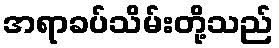
အရာခပ်သိမ်းတို့သည်